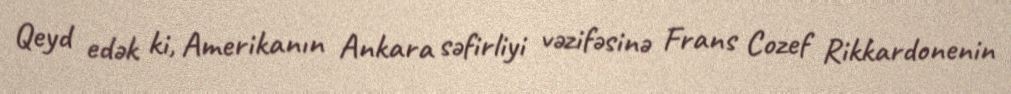
Qeyd edək ki, Amerikanın Ankara səfirliyi vəzifəsinə Frans Cozef Rikkardonenin